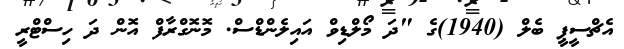
އެޗްސީޕީ ބެލް (1940)ގެ "ދަ މޯލްޑިވް އައިލެންޑްސް. މޮނޮގްރާފް އޮން ދަ ހިސްޓްރީ